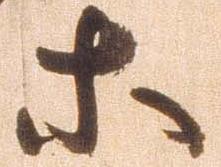
等